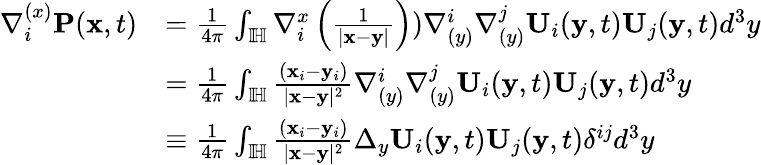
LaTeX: \begin{array}{rl}{\nabla_{i}^{(x)}\mathbf{P}(\mathbf{x},t)}&{=\frac{1}{4\pi}\int_{\mathbb{I\! H}}\nabla_{i}^{x}\left(\frac{1}{|\mathbf{x}-\mathbf{y}|}\right))\nabla_{(y)}^{i}\nabla_{(y)}^{j}{\mathbf{U}}_{i}(\mathbf{y},t){\mathbf{U}}_{j}(\mathbf{y},t)d^{3}y}\\ &{=\frac{1}{4\pi}\int_{\mathbb{I\! H}}\frac{(\mathbf{x}_{i}-\mathbf{y}_{i})}{|\mathbf{x}-\mathbf{y}|^{2}}\nabla_{(y)}^{i}\nabla_{(y)}^{j}{\mathbf{U}}_{i}(\mathbf{y},t){\mathbf{U}}_{j}(\mathbf{y},t)d^{3}y}\\ &{\equiv\frac{1}{4\pi}\int_{\mathbb{I\! H}}\frac{(\mathbf{x}_{i}-\mathbf{y}_{i})}{|\mathbf{x}-\mathbf{y}|^{2}}\Delta_{y}\mathbf{U}_{i}(\mathbf{y},t)\mathbf{U}_{j}(\mathbf{y},t)\delta^{ij}d^{3}y}\end{array}